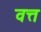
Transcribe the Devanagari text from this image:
वत्त